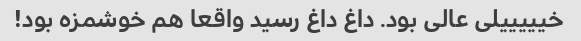
خیییییلی عالی بود. داغ داغ رسید واقعا هم خوشمزه بود!